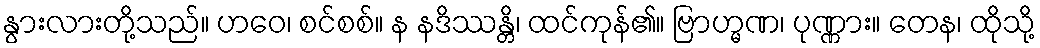
နွားလားတို့သည်။ ဟဝေ၊ စင်စစ်။ န နဒိဿန္တိ၊ ထင်ကုန်၏။ ဗြာဟ္မဏ၊ ပုဏ္ဏား။ တေန၊ ထိုသို့